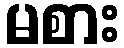
မစား